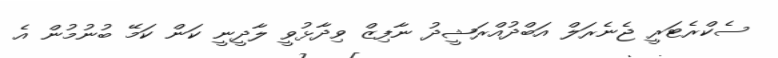
ސެކްރެޓަރީ ޖެނެރަލް އަބްދުއްރަޝީދު ނާފިޒް ވިދާޅުވީ ލާދީނީ ކަން ކަމޭ ބުނުމުން އެ